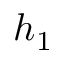
h _ { 1 }